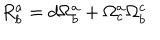
R _ { b } ^ { a } = d \Omega _ { b } ^ { a } + \Omega _ { c } ^ { a } \Omega _ { b } ^ { c }